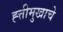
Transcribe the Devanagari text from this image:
ह्त्तीमुखाचे